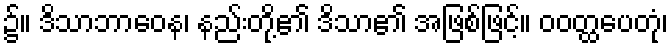
၌။ ဒိသာဘာဝေန၊ နည်းတို့၏ ဒိသာ၏ အဖြစ်ဖြင့်။ ဝဝတ္ထပေတုံ၊